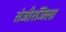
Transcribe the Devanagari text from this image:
तंजौरजिला